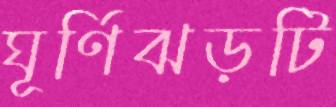
ঘূর্ণিঝড়টি